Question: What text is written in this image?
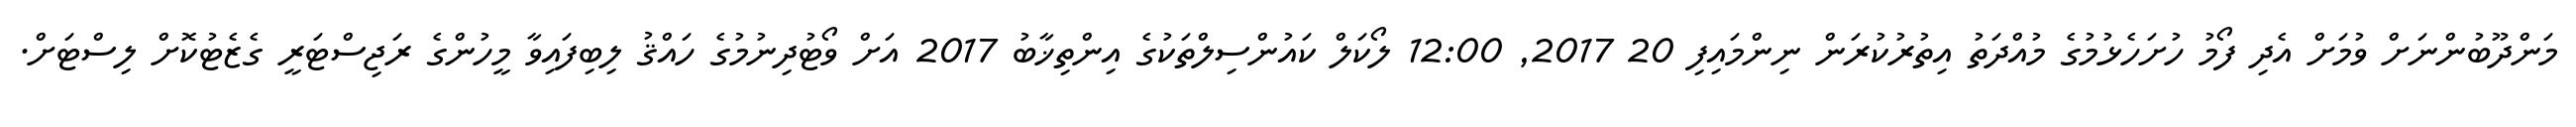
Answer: މަންދޫބުންނަށް ވުމަށް އެދި ފޯމު ހުށަހެޅުމުގެ މުއްދަތު އިތުރުކުރަން ނިންމައިފި 20 2017, 12:00 ލޯކަލް ކައުންސިލްތަކުގެ އިންތިޚާބު 2017 އަށް ވޯޓުދިނުމުގެ ހައްޤު ލިބިފައިވާ މީހުންގެ ރަޖިސްޓަރީ ގެޒެޓުކޮށް ލިސްޓަށް.